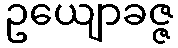
ဥယျောခဇ္ဇ